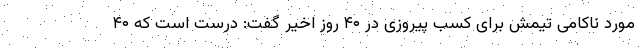
مورد ناکامی تیمش برای کسب پیروزی در ۴۰ روز اخیر گفت: درست است که ۴۰